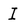
Character: I